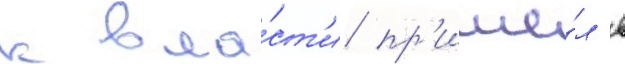
к вла́ст'и пр'ишё́л в